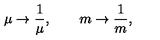
\mu \rightarrow \frac { 1 } { \mu } , \qquad m \rightarrow \frac { 1 } { m } ,